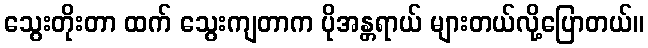
သွေးတိုးတာ ထက် သွေးကျတာက ပိုအန္တရာယ် များတယ်လို့ပြောတယ်။